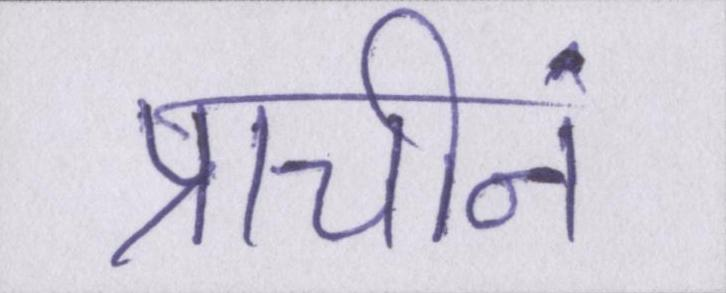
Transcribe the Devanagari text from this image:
प्राचीनं